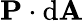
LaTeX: \mathbf{P}\cdot\mathrm{d}\mathbf{A}